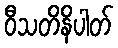
ဝီသတိနိပါတ်